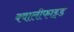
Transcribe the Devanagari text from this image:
क्वालीफाइड